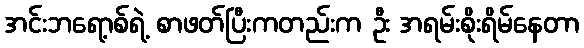
အင်းဘရော့စ်ရဲ့ စာဖတ်ပြီးကတည်းက ဦး အရမ်းစိုးရိမ်နေတာ